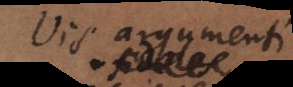
Vis argumenti